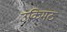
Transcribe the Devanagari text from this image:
उकिमठ